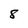
Character: 8